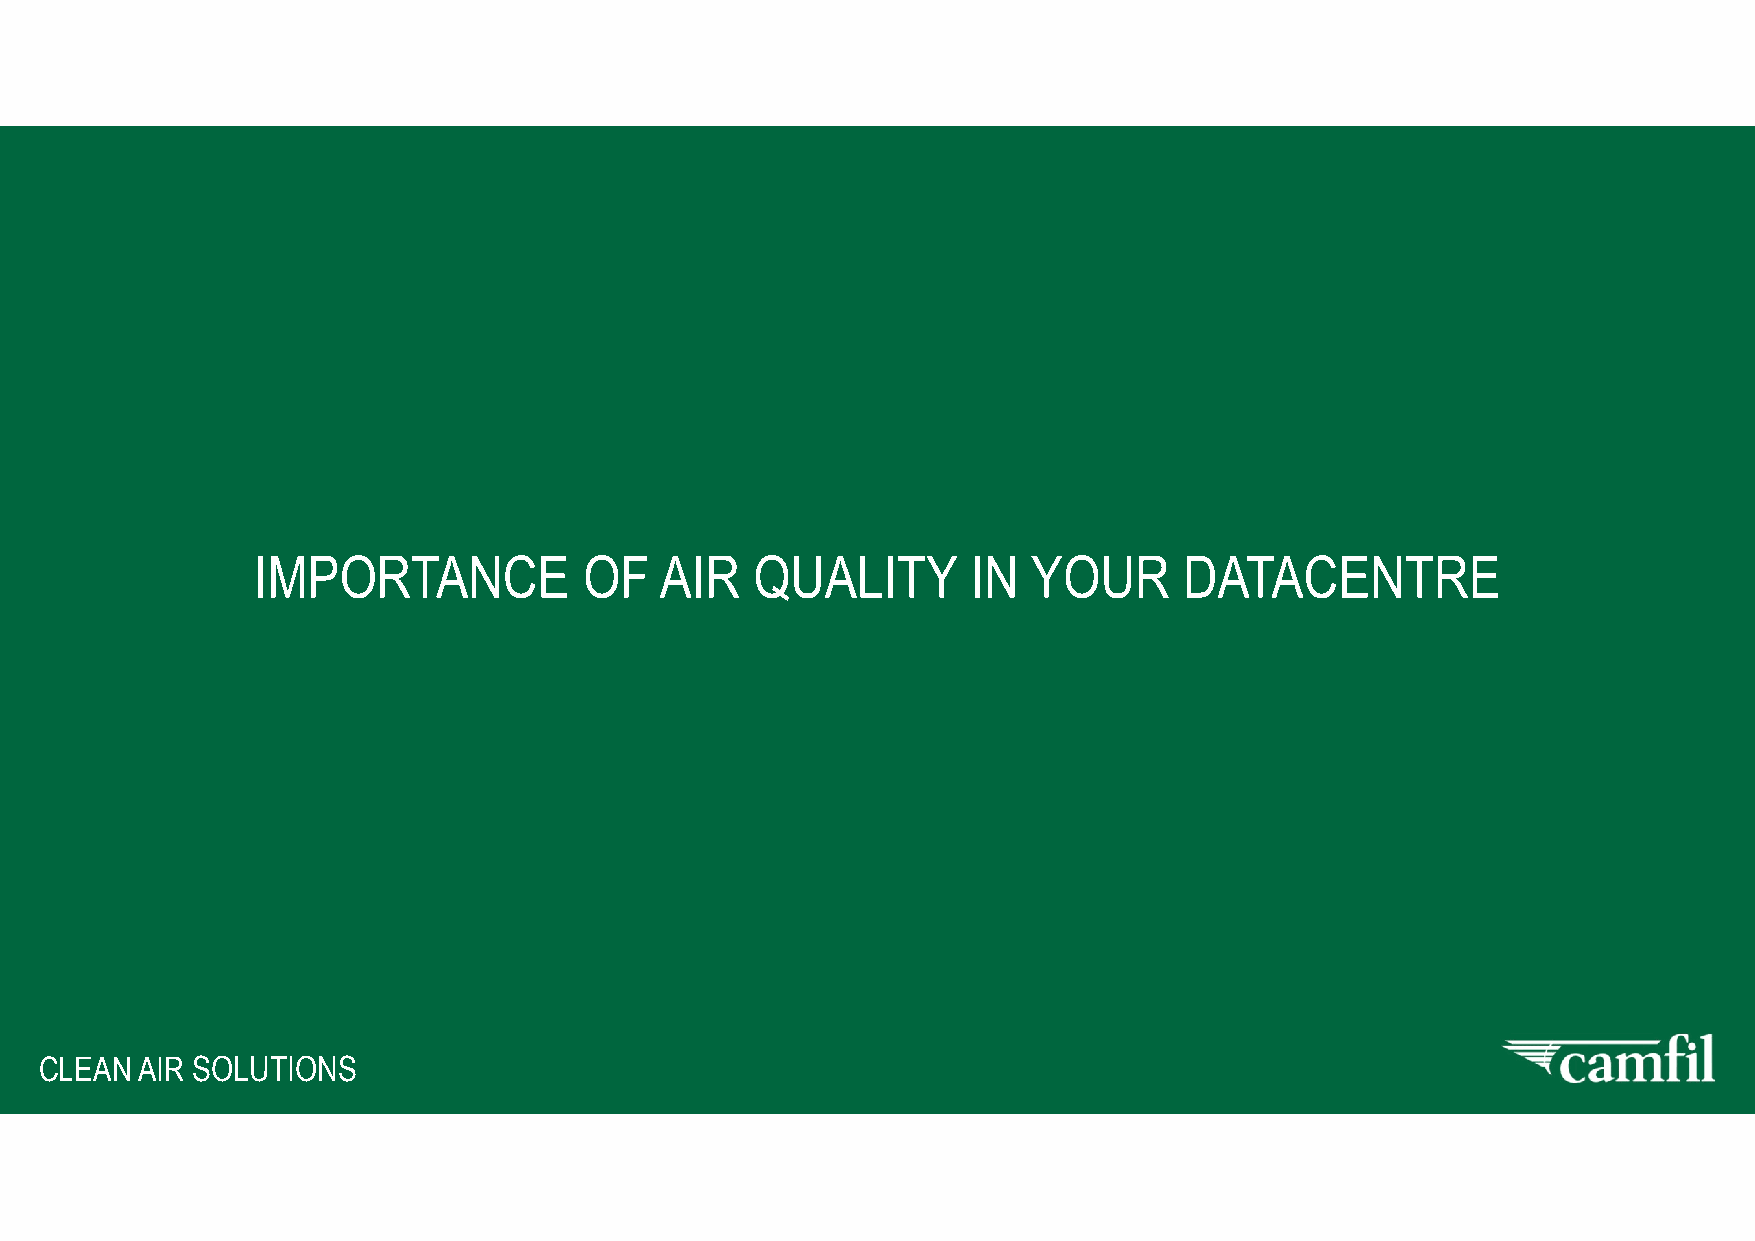
IMPORTANCE            OF   AIR   QUALITY       IN  YOUR      DATACENTRE
 CCLLEEAANN AAIIRR SSOOLLUUTTIIOONNSS